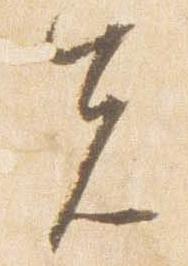
先